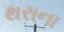
થરાના